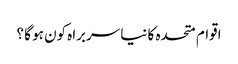
اقوام متحدہ کا نیا سربراہ کون ہو گا ؟